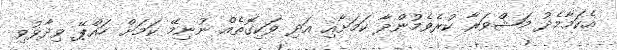
އެކަމާމެދު މަޝްވަރާ ކުރެވެމުންދާ ކަމަށާއި އަދި ވަކިގޮތެއް ނުނިމޭ ކަމަށް ހައްޕޭ ވިދާޅުވި